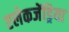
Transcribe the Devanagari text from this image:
एलेकजेंड्रिया